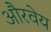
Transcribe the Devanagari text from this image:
औरवेय